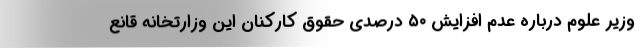
وزیر علوم درباره عدم افزایش ۵۰ درصدی حقوق کارکنان این وزارتخانه قانع